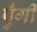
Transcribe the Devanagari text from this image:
पुँगी